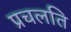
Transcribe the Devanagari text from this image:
प्रचलति